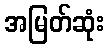
အမြတ်ဆုံး